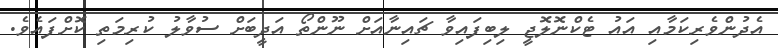
އެދުންވެރިކަމާއި އައު ޓެކްނޮލޮޖީ ލިބިފައިވާ ޗައިނާއަށް ނޫންތޯ އަދީބަށް ސުވާލު ކުރިމަތި ކޮށްފައެވެ.